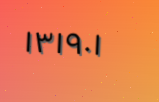
١٣١٩٠١